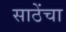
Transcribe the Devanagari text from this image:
साठेंचा